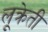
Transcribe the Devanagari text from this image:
लूक्रेती